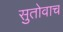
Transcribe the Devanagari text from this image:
सुतोवाच